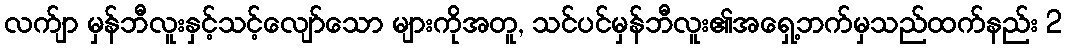
လက်ျာ မှန်ဘီလူးနှင့်သင့်လျော်သော များကိုအတူ, သင်ပင်မှန်ဘီလူး၏အရှေ့ဘက်မှသည်ထက်နည်း 2